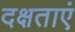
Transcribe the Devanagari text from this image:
दक्षताएं